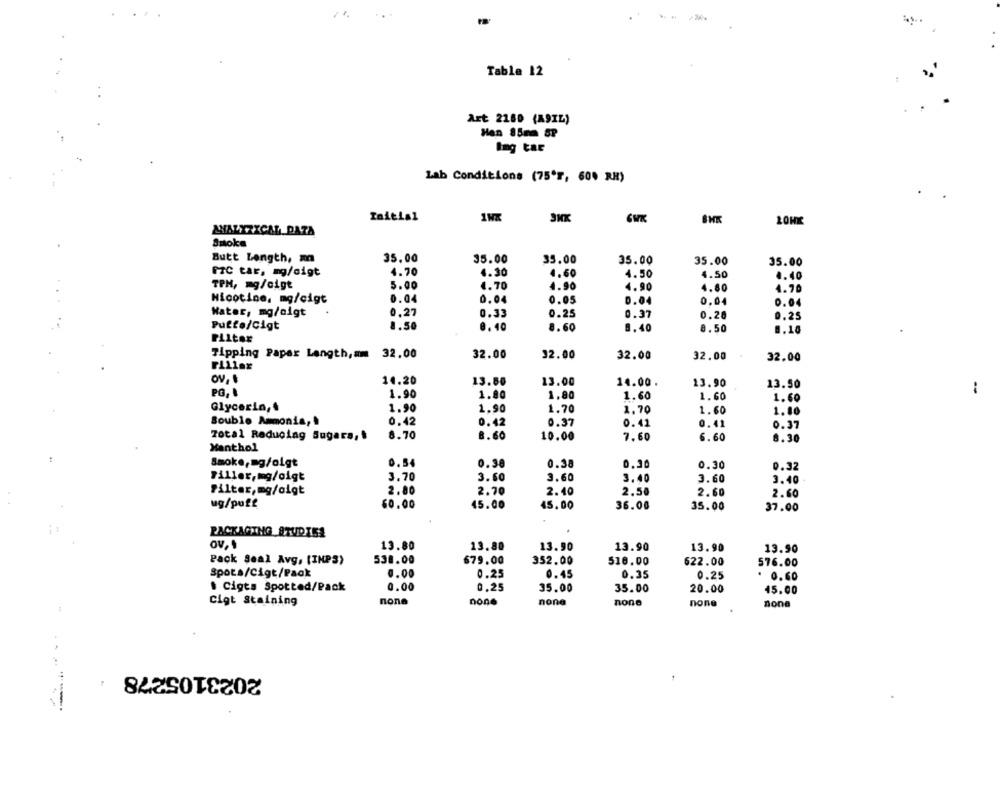
Table 12
Art 2180 (A9IL)
Han 85mm SP
Ing tar
Lab Conditions (75'T, 60% RH)
Initial
LOHIC
ANALIZICAL DAZA
Smoke
Butt Length, m
35.00
35.00
35.00
35.00
35.00
35.00
PTC tar, mg/sigt
4.70
4.30
4,60
4.50
4.50
4.40
TPM, mg/cigt
5.00
4.70
4.90
4.90
4.80
4.70
Nicotine, mg/cigt
0.04
0.04
0.05
0.04
0.04
0.04
Water, mg/oigt
0.27
0.33
0.25
0.37
0.26
0.25
Putte/Cigt
1.50
0.40
8.60
8.40
8.50
0.10
Filter
Tipping Paper Length,am
32.00
32.00
32.00
32.00
32.00
32.00
14.20
13.60
13.00
14.00.
13.90
13.50
PG.I
1.90
1.80
1.80
1.60
1.60
-
1.60
Glycerin, .
1.90
1.90
1.70
1.70
1.60
1.00
Souble Ammonia,
0.42
0.42
0.37
0.41
0.41
0.37
Total Reducing Sugara,
8.70
8.60
10.00
7.60
6.60
8.30
Menthol
Smoke,mg/oigt
0.54
0.38
0.38
0.30
0.30
0.32
3.70
3.60
3.60
Filler, mg/oigt
3.40
3.60
3.40
Filter, mg/oigt
2.80
2.70
2.40
2.50
2.60
2.60
ug/puff
60.00
45.00
45.00
36.00
35.00
37.00
PACKAGING STUDIES
13.80
13.80
13.90
13.90
13.90
13.90
Pack Seal Avg, [INPS)
538.00
679.00
352.00
516.00
622.00
576.00
Spots/Cigt/Pack
0.00
0.25
0.45
0.35
0.25
0.60
. Cigts Spotted/Pack
0.00
0,25
35.00
35.00
20.00
15.00
Cigt Staining
none
none
none
none
none
none
2023105278